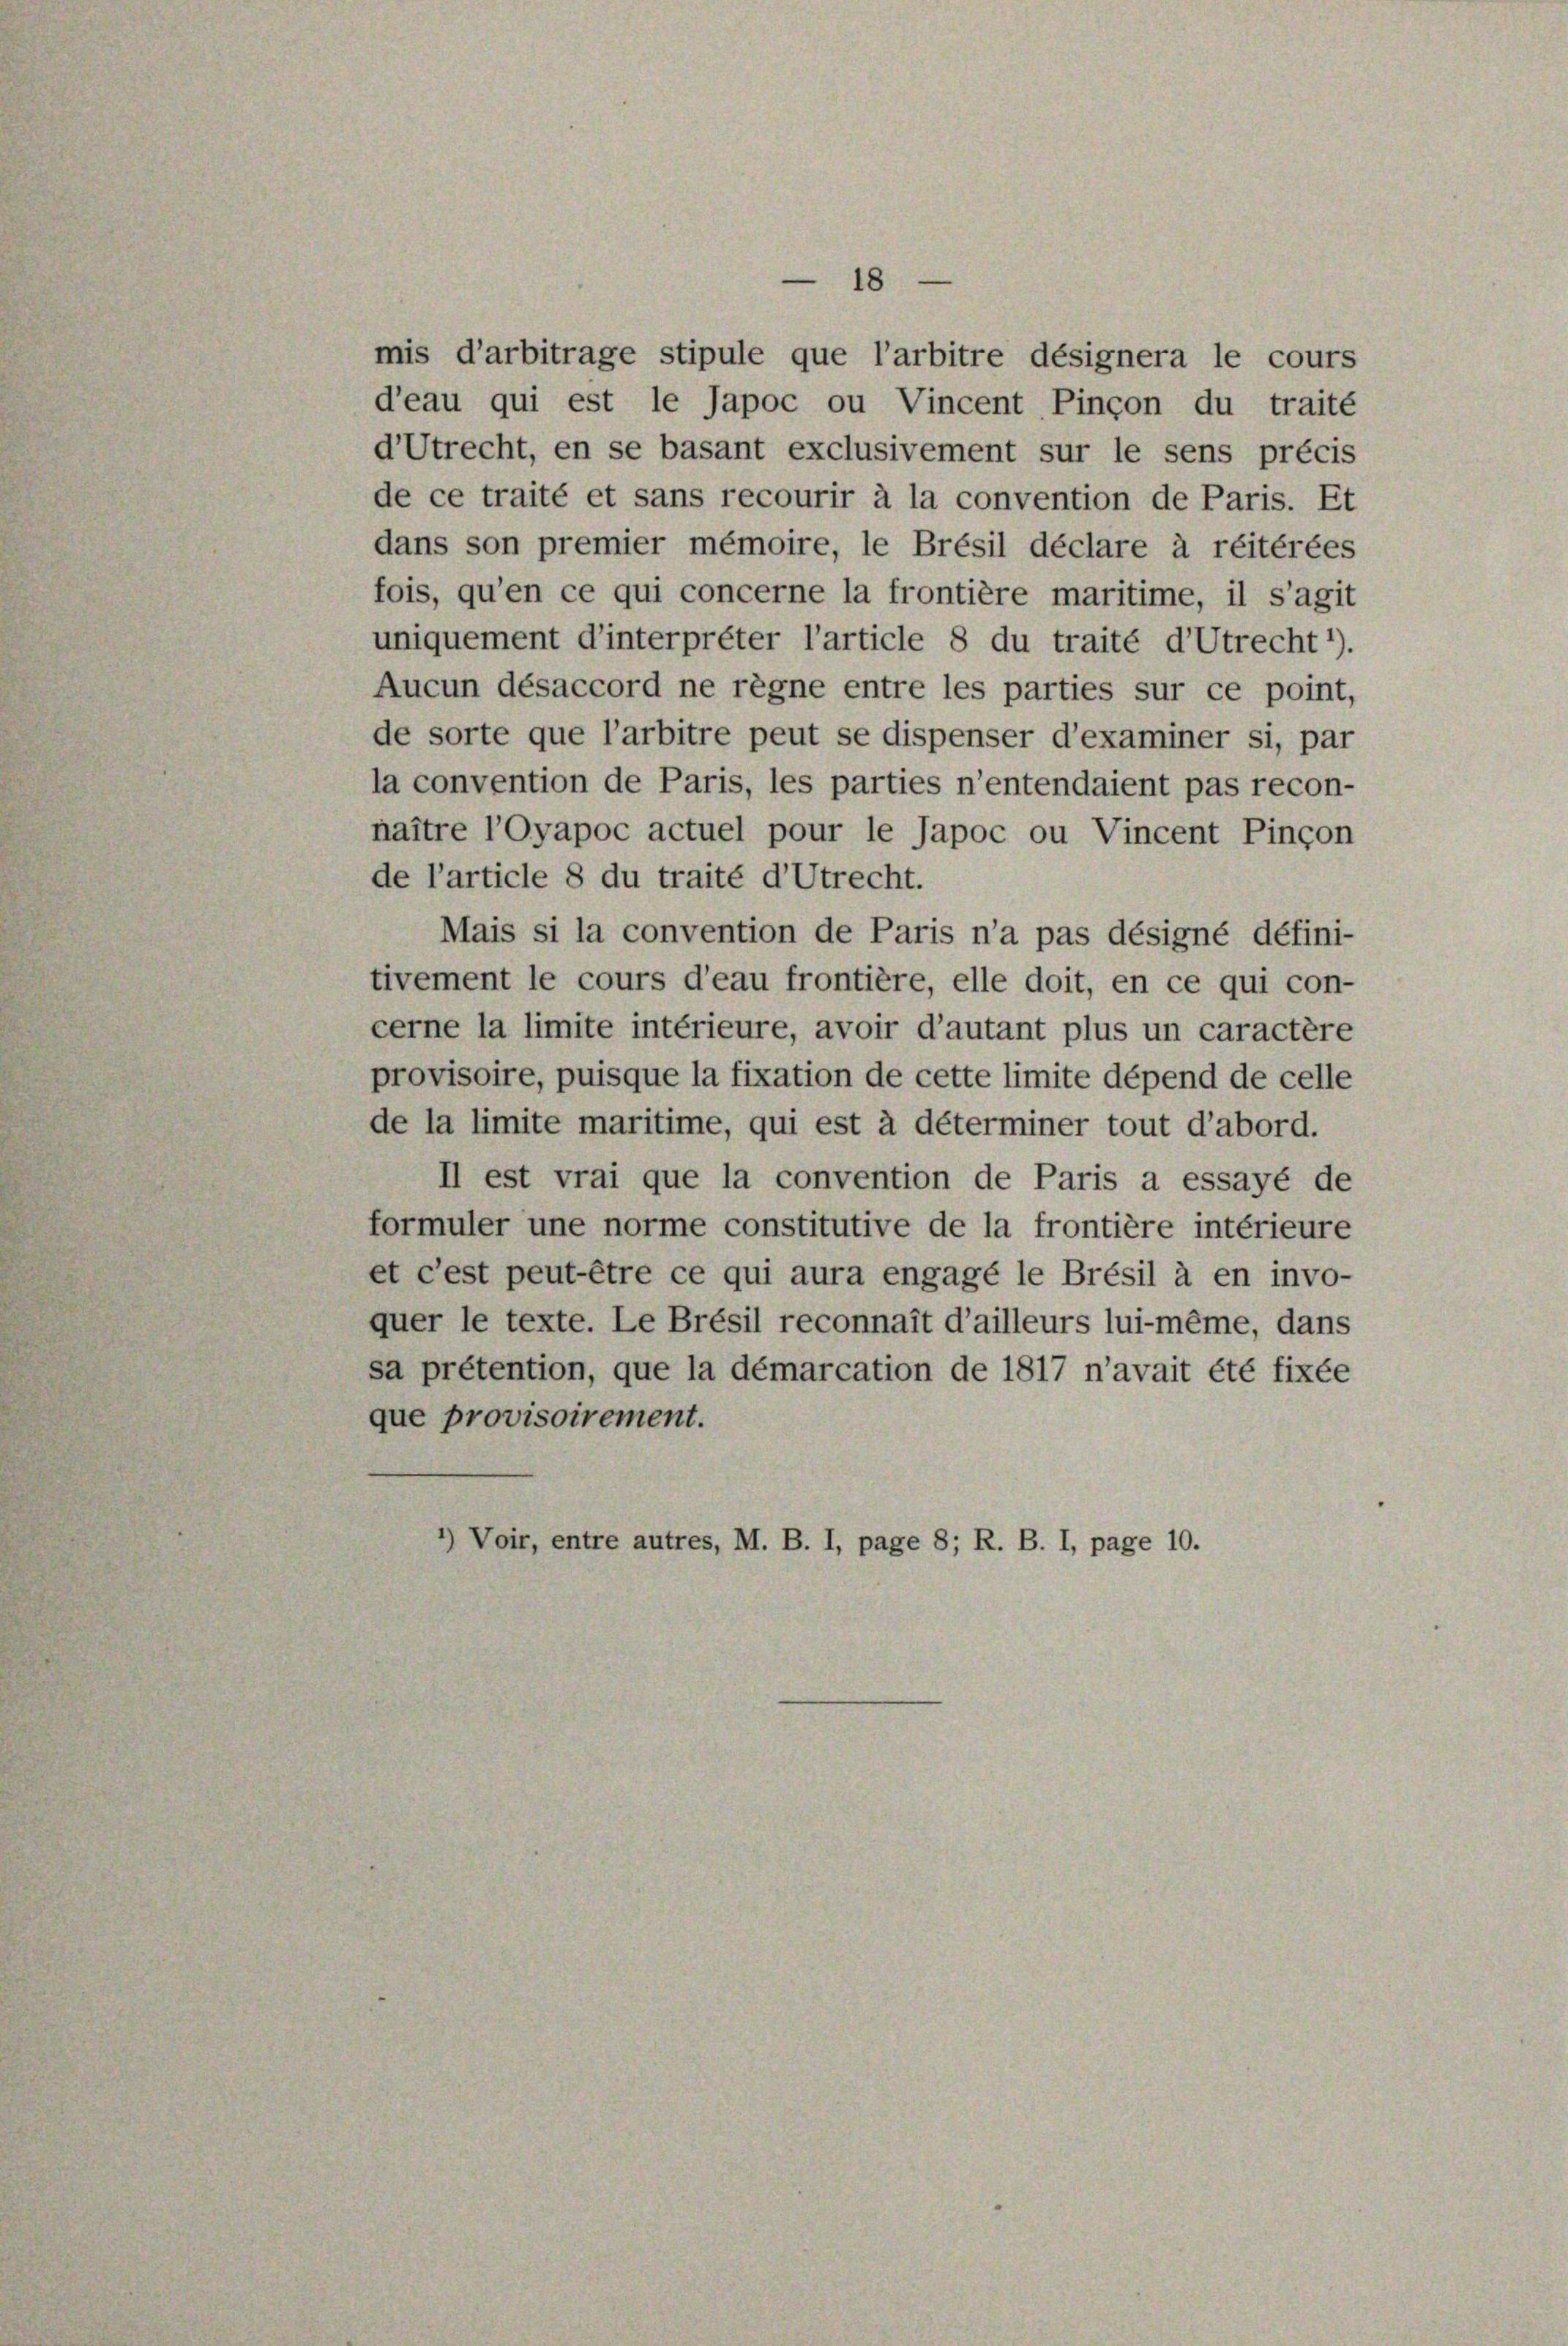
18
mis d’arbitrage stipule que l’arbitre désignera le cours
d’eau qui est le Japoc ou Vincent Pinçon du traité
d’Utrecht, en se basant exclusivement sur le sens précis
de ce traité et sans recourir à la convention de Paris. Et
dans son premier mémoire, le Brésil déclare à réitérées
fois, qu’en ce qui concerne la frontière maritime, il s’agit
uniquement d’interprêter l’article 8 du traité d’Utrecht1).
Aucun désaccord ne regne entre les parties sur ce point,
de sorte que l’arbitre peut se dispenser d’examiner si, par
la convention de Paris, les parties n’entendaient pas recon-
naître l’Oyapoc actuel pour le Japoc ou Vincent Pinçon
de l’article 8 du traité d’Utrecht.
Mais si la convention de Paris n’a pas désigné défini-
tivement le cours d’eau frontière, elle doit, en ce qui con-
cerne la limite intérieure, avoir d’autant plus un caractère
provisoire, puisque la fixation de cette limite dépend de celle
de la limite maritime, qui est à déterminer tout d’abord.
II est vrai que la convention de Paris a essayé de
formuler une norme constitutive de la frontière intérieure
et c’est peut être ce qui aura engagé le Brésil à en invo-
quer le texte. Le Brésil reconnaît d’ailleurs lui-même, dans
sa prétention, que la démarcation de 1817 n’avait été fixée
que provisoirement.
*) Voir, entre autres, M. B. I, page 8; R. B. I, page 10.